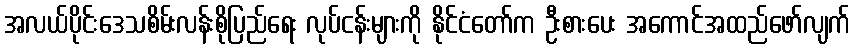
အလယ်ပိုင်းဒေသစိမ်းလန်းစိုပြည်ရေး လုပ်ငန်းများကို နိုင်ငံတော်က ဦးစားပေး အကောင်အထည်ဖော်လျက်